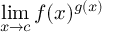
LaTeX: \operatorname* { l i m } _ { x \to c } f ( x ) ^ { g ( x ) }